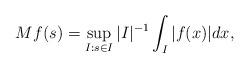
LaTeX: \begin{align*}Mf (s) = \sup_{I:s\in I} |I|^{-1} \int_I |f(x)| dx, \end{align*}